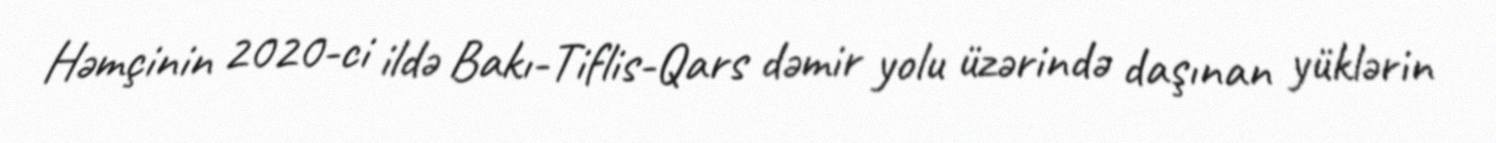
Həmçinin 2020-ci ildə Bakı-Tiflis-Qars dəmir yolu üzərində daşınan yüklərin